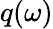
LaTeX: q(\omega)